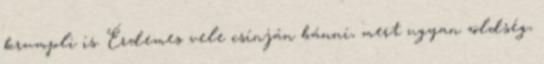
krumpli is. Érdemes vele csínján bánni, mert ugyan zöldség,